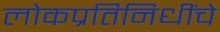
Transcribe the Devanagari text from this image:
लोकप्रतिनिधींचे